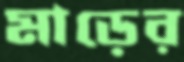
মাড়ের